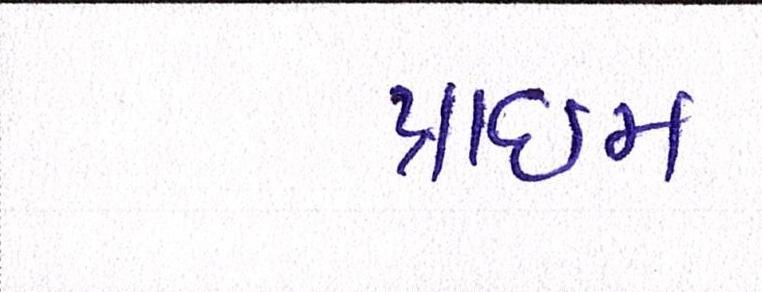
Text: પ્રાઇમ